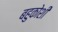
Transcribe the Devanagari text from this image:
बहुकोशी